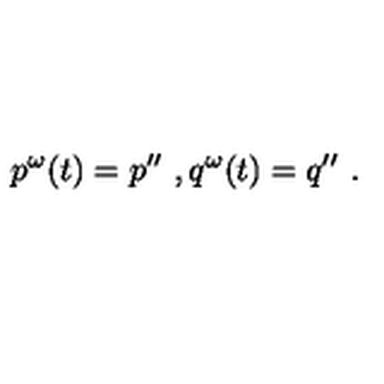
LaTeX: p ^ { \omega } ( t ) = p ^ { \prime \prime } \ , q ^ { \omega } ( t ) = q ^ { \prime \prime } \ .